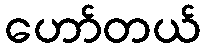
ဟော်တယ်